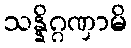
သန္နိဂ္ဂဏှာမိ